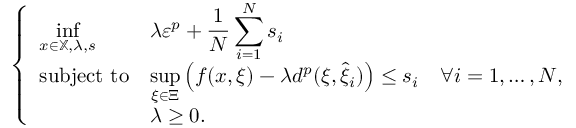
\left\{ \begin{array} { l l l } { { \displaystyle \operatorname* { i n f } _ { x \in \mathbb { X } , \lambda , s } } } & { { \displaystyle \lambda \varepsilon ^ { p } + \frac { 1 } { N } \sum _ { i = 1 } ^ { N } s _ { i } } } & \\ { \mathrm { s u b j e c t ~ t o } } & { { \displaystyle \operatorname* { s u p } _ { \xi \in \Xi } \left( f ( x , \xi ) - \lambda d ^ { p } ( \xi , \widehat { \xi } _ { i } ) \right) \leq s _ { i } } } & { \forall i = 1 , \ldots , N , } \\ & { \lambda \geq 0 . } & \end{array} \right.